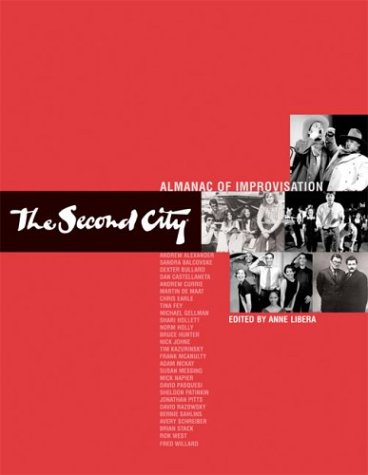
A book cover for The Second City Almanac of Improvisation; Anne Libera; Humor & Entertainment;